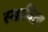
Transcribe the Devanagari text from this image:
स्थायित्‍व